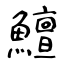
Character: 鱣